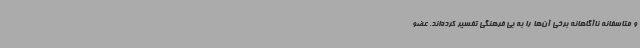
و متاسفانه ناآگاهانه برخی آن‌ها را به بی فرهنگی تفسیر کرده‌اند. عضو